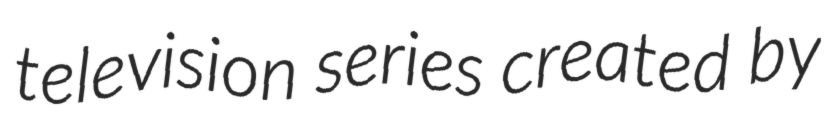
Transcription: television series created by